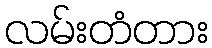
လမ်းတံတား